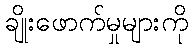
ချိုးဖောက်မှုများကို